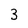
Character: 3